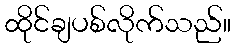
ထိုင်ချပစ်လိုက်သည်။